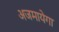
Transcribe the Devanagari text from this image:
अजमायेगा